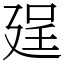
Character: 𢌥